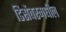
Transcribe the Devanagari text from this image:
डिसेंबरमधील